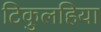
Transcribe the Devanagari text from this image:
टिकुलहिया